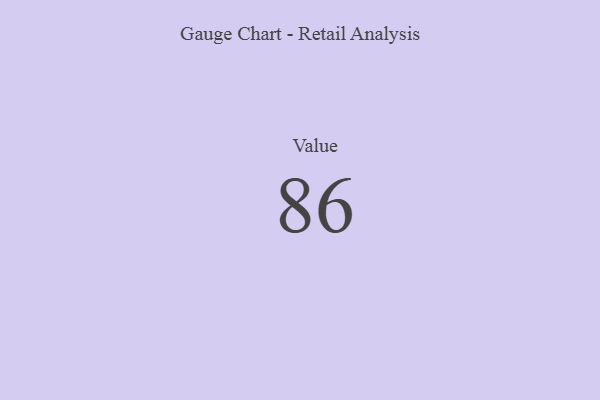
{"axis": {"x": "Metric", "y": "Value"}, "legend": [""], "data": [{"x": "Value", "y": 86, "type": ""}]}